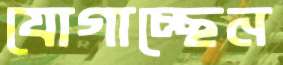
যোগাচ্ছেন